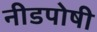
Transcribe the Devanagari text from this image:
नीडपोषी